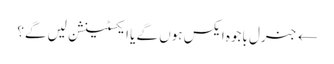
← جنرل باجوہ ایکس ہوں گے یا ایکسٹینشن لیں گے؟